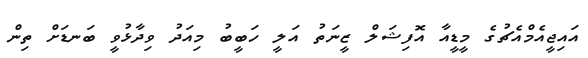
އައިޖީއެމްއެޗުގެ މީޑީއާ އޮފިޝަލް ޒީނަތު އަލީ ހަބީބު މިއަދު ވިދާޅުވީ ބަނޑަށް ތިން